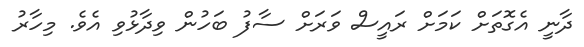
ދާނީ އެގޮތަށް ކަމަށް ރައީސް ވަރަށް ސާފު ބަހުން ވިދާޅުވި އެވެ. މިހާރު